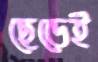
ছেড়েই